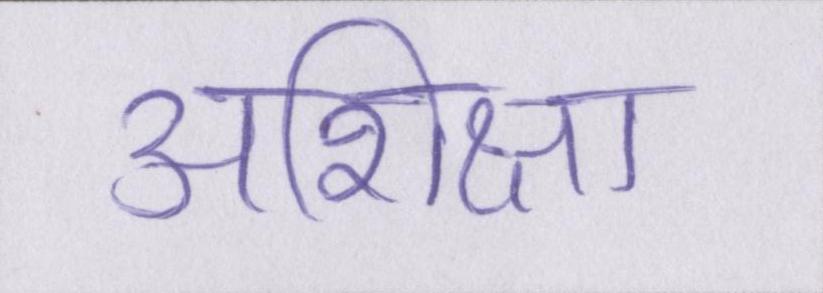
अशिक्षा